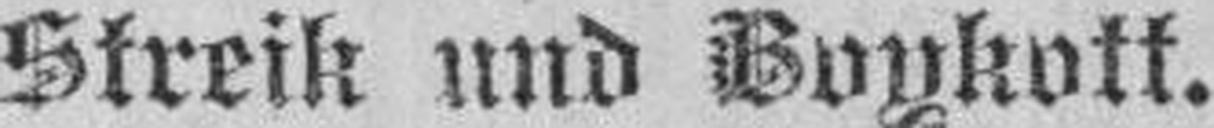
Streik und Boykott.